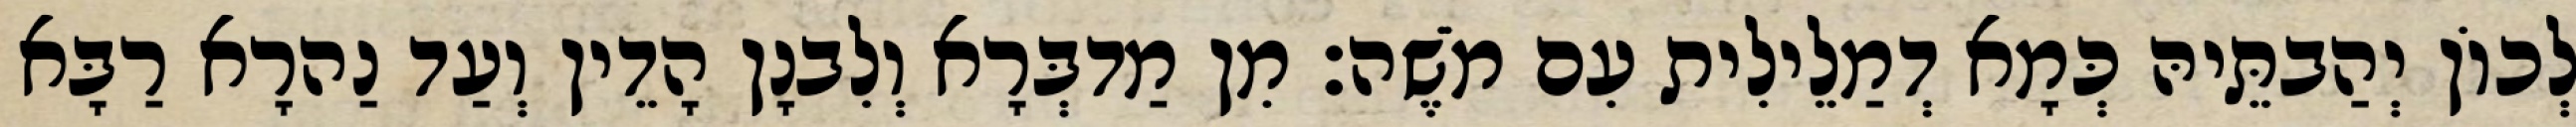
לְכוֹן יְהַבתֵּיהּ כְּמָא דְמַלֵילִית עִם מֹשֶׁה׃ מִן מַדבְּרָא וְלִבנָן הָדֵין וְעַד נַהרָא רַבָּא